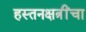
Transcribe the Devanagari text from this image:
हस्तनक्षत्रींचा